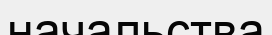
начальства